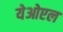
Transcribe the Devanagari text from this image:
येओएल